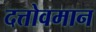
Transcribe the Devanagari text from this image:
दत्तोवमान